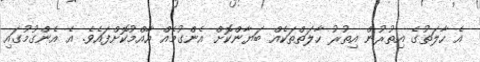
އެ ހާލަތުގެ އިތުރުން އިތުރު ހާލަތްތަކެއް ބަޔާންކޮށް އެންގުމެއް އާއްމުކޮށްފައެވެ. އެ އެންގުމުގައި